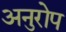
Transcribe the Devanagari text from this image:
अनुरोप